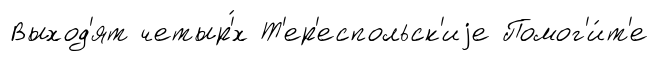
Выход'ят четыр'́х Т'ер'еспольск'иjе Помог'и́т'е